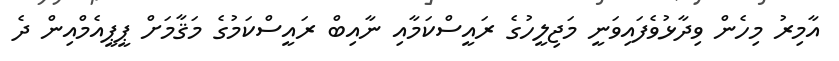
އާމިރު މިހެން ވިދާޅުވެފައިވަނީ މަޖިލީހުގެ ރައީސްކަމާއި ނާއިބް ރައީސްކަމުގެ މަޤާމަށް ޕީޕީއެމްއިން ދެ